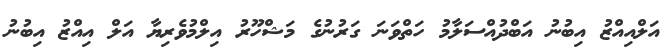
އަލްއިއްޒު އިބުނު އަބްދުއްސަލާމު ހަތްވަނަ ގަރުނުގެ މަޝްހޫރު އިލްމުވެރިޔާ އަލް އިއްޒު އިބުނު